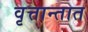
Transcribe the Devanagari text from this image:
वृत्तान्तात